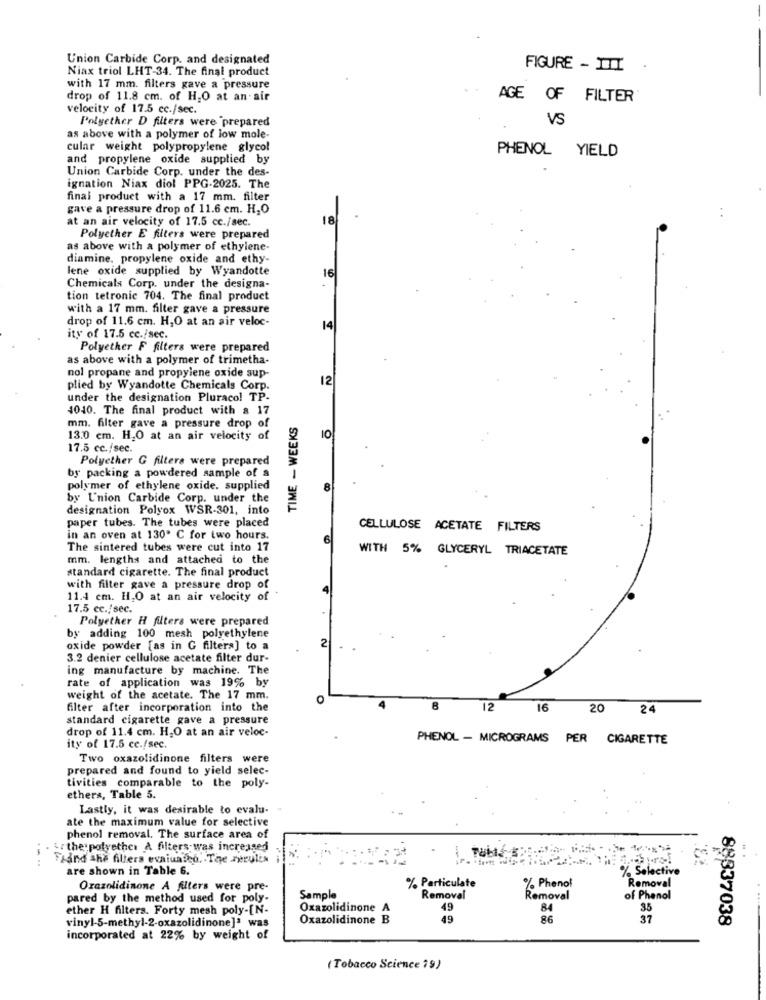
Union Carbide Corp. and designated
Niax triol LHT-34. The final product
FIGURE - III
with 17 mm. filters gave a pressure
drop of 11.8 cm. of H.O at an air
AGE OF FILTER
velocity of 17.5 cc./sec.
Polyether D filters were prepared
VS
as above with a polymer of low mole-
cular weight polypropylene glycol
PHENOL YIELD
and propylene oxide supplied by
Union Carbide Corp. under the des-
ignation Niax diol PPG-2025. The
final product with a 17 mm. filter
gave a pressure drop of 11.6 cm. H.O
at an air velocity of 17.5 cc./sec.
18
Polyether E filters were prepared
as above with a polymer of ethylene-
diamine, propylene oxide and ethy-
lene oxide supplied by Wyandotte
16
Chemicals Corp, under the designa-
tion tetronic 704. The final product
with a 17 mm. filter gave a pressure
drop of 11.6 cm. H,O at an air veloc-
14
ity of 17.5 cc./sec.
Polyether F filters were prepared
as above with a polymer of trimetha-
nol propane and propylene oxide sup-
12
plied by Wyandotte Chemicals Corp.
under the designation Pluraco! TP-
4040. The final product with a 17
TIME - WEEKS
mm. filter gave a pressure drop of
13.0 cm. H2O at an air velocity of
10
17.5 cc./sec.
Polyether G filters were prepared
by packing a powdered sample of a
polymer of ethylene oxide. supplied
by L'nion Carbide Corp. under the
designation Polyox WSR-301, into
paper tubes. The tubes were placed
CELLULOSE ACETATE FILTERS
in an oven at 130º C for two hours.
6
The sintered tubes were cut into 17
WITH 5% GLYCERYL TRIACETATE
mm. lengths and attached to the
standard cigarette. The final product
with filter gave a pressure drop of
11.4 cm. H,O at an air velocity of
17.5 cc./sec.
Polyether H filters were prepared
by adding 100 mesh polyethylene
oxide powder [as in G filters] to a
3.2 denier cellulose acetate filter dur-
ing manufacture by machine. The
rate of application was 19% by
weight of the acetate. The 17 mm.
O
filter after incorporation into the
8
12
16 20
24
standard cigarette gave a pressure
drop of 11.4 cm. H.O at an air veloc-
PHENOL - MICROGRAMS PER CIGARETTE
ity of 17.5 cc./sec.
Two oxazolidinone filters were
prepared and found to yield selec-
tivities comparable to the poly-
ethers, Table 5.
Lastly, it was desirable to evalu-
ate the maximum value for selective
phenol removal. The surface area of
&the polyether A filters was increased
. ..
Frand the filters evaluated, The rerules
are shown in Table 6.
Selective
Removal
Orazolidinone A filters were pre-
% Particulate
% Phenol
pared by the method used for poly-
Sample
Removal
Removal
of Phenol
ether H filters. Forty mesh poly-[N-
Oxazolidinone A
49
35
Oxazolidinone B
49
86
37
88337038
vinyl-5-methyl-2-oxazolidinone]* was
incorporated at 22% by weight of
( Tobacco Science 79)